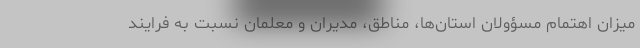
میزان اهتمام مسؤولان استان‌ها، مناطق، مدیران و معلمان نسبت به فرایند